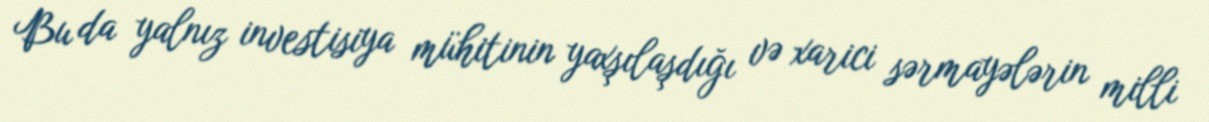
Bu da yalnız investisiya mühitinin yaxşılaşdığı və xarici sərmayələrin milli